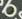
هي